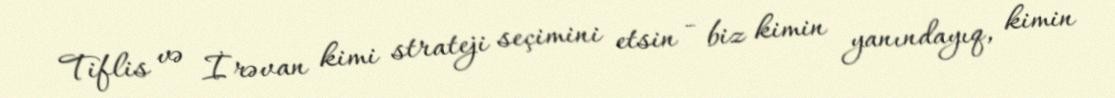
Tiflis və İrəvan kimi strateji seçimini etsin - biz kimin yanındayıq, kimin